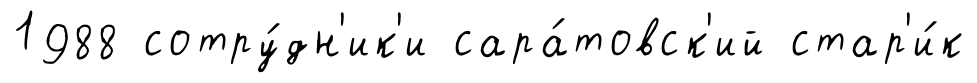
1988 сотру́дн'ик'и сара́товск'ий стар'и́к